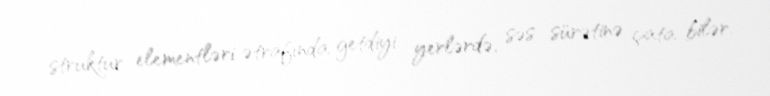
struktur elementləri ətrafında getdiyi yerlərdə, səs sürətinə çata bilər.